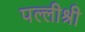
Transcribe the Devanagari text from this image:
पल्लीश्री